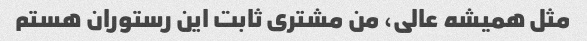
مثل همیشه عالی، من مشتری ثابت این رستوران هستم